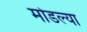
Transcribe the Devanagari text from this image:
मोडल्या